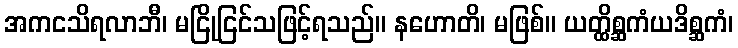
အကငသိရလာဘီ၊ မငြိုငြင်သဖြင့်ရသည်။ နဟောတိ၊ မဖြစ်။ ယတ္ထိစ္ဆကံယဒိစ္ဆကံ၊